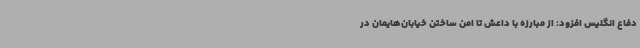
دفاع انگلیس افزود: از مبارزه با داعش تا امن‌ ساختن خیابان‌هایمان در